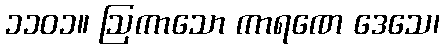
၁၁၀၁။ ဩကာသော ကာရဏေ ဒေသေ၊